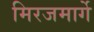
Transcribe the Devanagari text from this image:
मिरजमार्गे